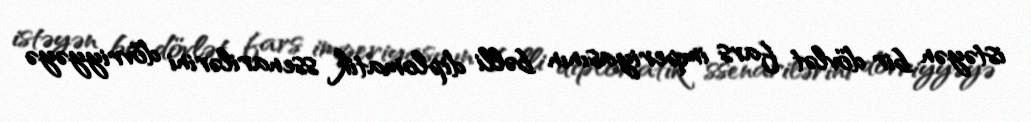
istəyən bir dövlət fars imperiyasının bəlli diplomatik ssenarilərini dövriyyəyə